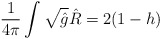
\begin{align*}\frac{1}{4\pi}\int \sqrt{\hat{g}}\hat{R}=2(1-h)\end{align*}